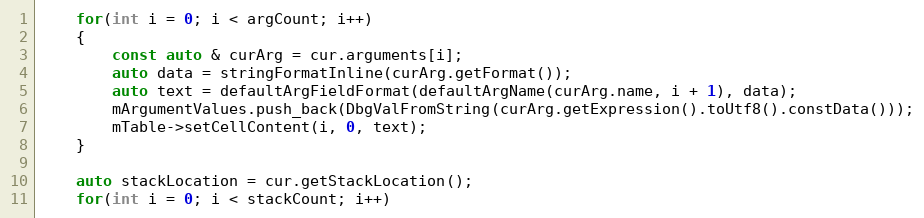
Language: C++
    for(int i = 0; i < argCount; i++)
    {
        const auto & curArg = cur.arguments[i];
        auto data = stringFormatInline(curArg.getFormat());
        auto text = defaultArgFieldFormat(defaultArgName(curArg.name, i + 1), data);
        mArgumentValues.push_back(DbgValFromString(curArg.getExpression().toUtf8().constData()));
        mTable->setCellContent(i, 0, text);
    }

    auto stackLocation = cur.getStackLocation();
    for(int i = 0; i < stackCount; i++)